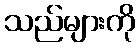
သည်များကို